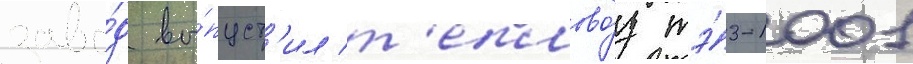
заво́д вы́пуст'ил т'еплово́з тэ́3-1001